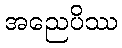
အညေပိဿ